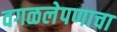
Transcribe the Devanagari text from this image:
वगळलेपणाचा